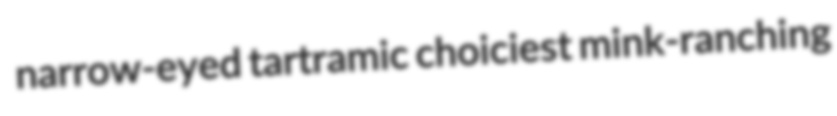
narrow-eyed tartramic choiciest mink-ranching